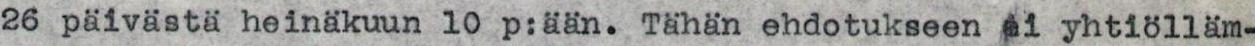
26 päivästä heinäkuun 10 p:ään. Tähän ehdotukseen ei yhtiölläm-